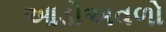
આડોઅવળો